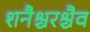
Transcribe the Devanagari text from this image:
शनैश्चरश्चैव